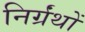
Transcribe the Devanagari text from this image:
निर्ग्रंथों